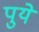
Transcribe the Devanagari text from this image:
पुये